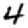
Digit: 4